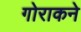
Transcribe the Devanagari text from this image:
गोराकने